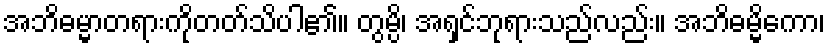
အဘိဓမ္မာတရားကိုတတ်သိပါ၏။ တွမ္ပိ၊ အရှင်ဘုရားသည်လည်း။ အဘိဓမ္မိကော၊